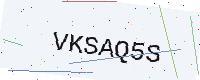
Text: VKSAQ5S